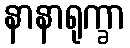
နာနာရုက္ခာ